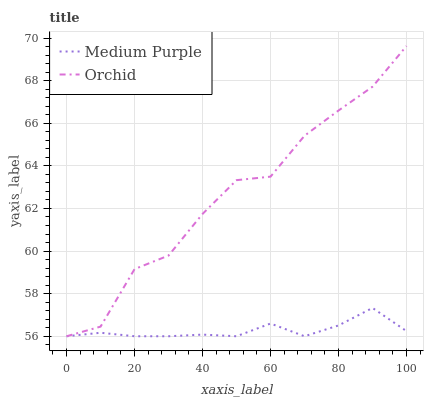
| xaxis_label | Medium Purple | Orchid |
 | --- | --- | --- |
 | 0 | 56 | 56 |
 | 10 | 56.2 | 56.5 |
 | 20 | 56 | 59.2 |
 | 30 | 56 | 59.8 |
 | 40 | 56.1 | 61.7 |
 | 50 | 56 | 63.3 |
 | 60 | 56.6 | 63.5 |
 | 70 | 56 | 65.4 |
 | 80 | 56.5 | 66.6 |
 | 90 | 57.3 | 67.7 |
 | 100 | 56.2 | 69.6 |